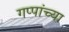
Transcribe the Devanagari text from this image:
गप्पांच्या